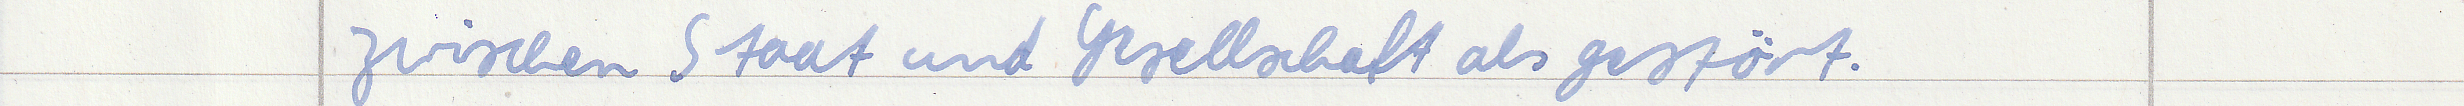
zwischen Staat und Gesellschaft als gestört.